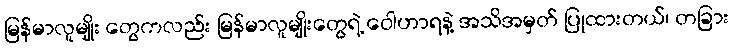
မြန်မာလူမျိုး တွေကလည်း မြန်မာလူမျိုးတွေရဲ့ ဝေါဟာရနဲ့ အသိအမှတ် ပြုထားတယ်၊ တခြား